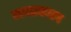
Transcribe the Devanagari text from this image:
मन्त्रकाल